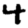
Digit: 4